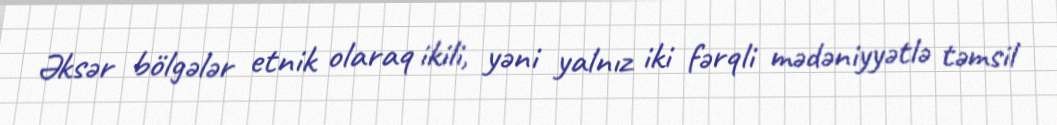
Əksər bölgələr etnik olaraq ikili, yəni yalnız iki fərqli mədəniyyətlə təmsil